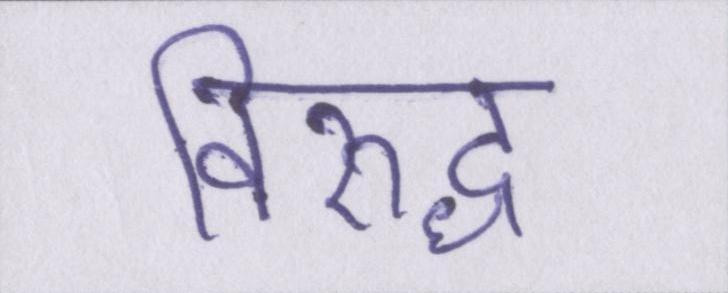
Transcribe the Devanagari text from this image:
विरुद्ध